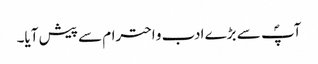
آپؐ سے بڑے ادب و احترام سے پیش آیا۔